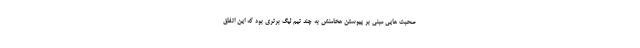
صحبت هایی مبنی بر پیوستن هخامنش به چند تیم لیگ برتری بود که این اتفاق